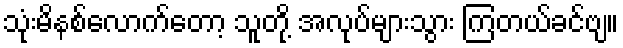
သုံးမိနစ်လောက်တော့ သူတို့ အလုပ်များသွား ကြတယ်ခင်ဗျ။